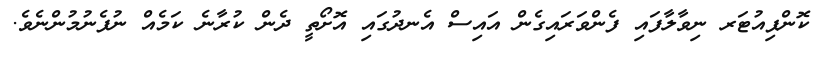
ކޮންޕިއުޓަރ ނިވާލާފައި ފެންވަރައިގެން އައިސް އެނދުގައި އޮށޯތީ ދެން ކުރާނެ ކަމެއް ނުފެނުމުންނެވެ.